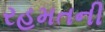
રહમતની